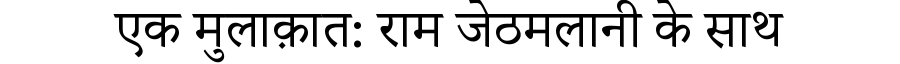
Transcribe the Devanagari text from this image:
एक मुलाक़ात: राम जेठमलानी के साथ